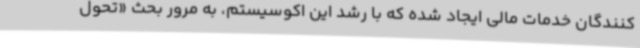
کنندگان خدمات مالی ایجاد شده که با رشد این اکوسیستم، به مرور بحث «تحول